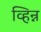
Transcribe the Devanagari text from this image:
व्हिन्न